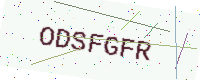
Text: ODSFGFR